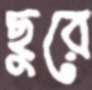
ছুরে